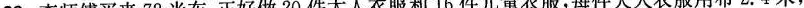
26. 李师傅买来 72 米布，正好做2 0 件大人衣服和16件儿童衣服，每件大人衣服用布2.4 米，